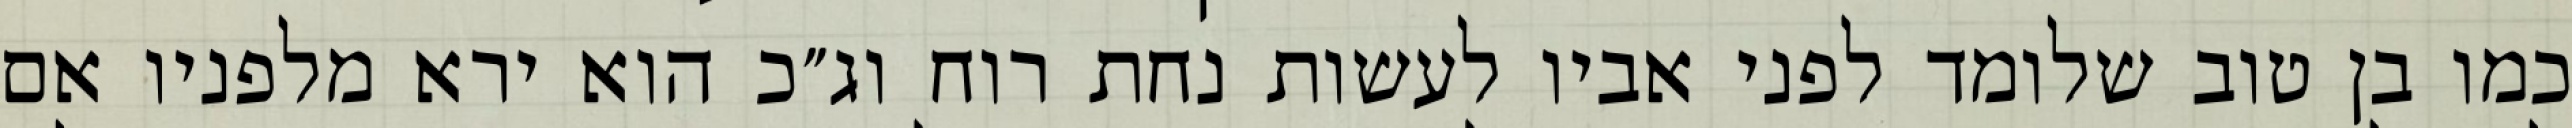
כמו בן טוב שלומד לפני אביו לעשות נחת רוח וג״כ הוא ירא מלפניו אם